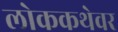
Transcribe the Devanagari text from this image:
लोककथेवर